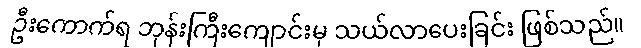
ဦးကောက်ရ ဘုန်းကြီးကျောင်းမှ သယ်လာပေးခြင်း ဖြစ်သည်။